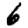
Digit: 6